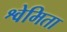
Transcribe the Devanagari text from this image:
श्वेमिता